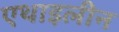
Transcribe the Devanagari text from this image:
एथाइलीन